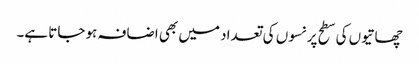
چھاتیوں کی سطح پر نسوں کی تعداد میں بھی اضافہ ہو جاتا ہے۔